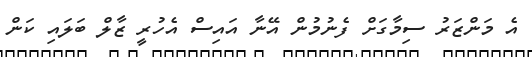
އެ މަންޒަރު ސިމާގަށް ފެނުމުން އޭނާ އައިސް އެހުރީ ޒާލް ބަލައި ކަން